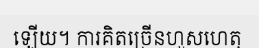
ឡើយ។ ការគិតច្រើនហួសហេតុ